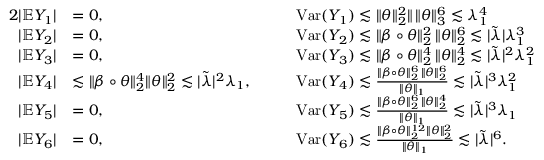
\begin{array} { r l r l } { { 2 } | \mathbb { E } Y _ { 1 } | } & { = 0 , \qquad } & & { \mathrm { V a r } ( Y _ { 1 } ) \lesssim \| \theta \| _ { 2 } ^ { 2 } \| \, \| \theta \| _ { 3 } ^ { 6 } \lesssim \lambda _ { 1 } ^ { 4 } } \\ { | \mathbb { E } Y _ { 2 } | } & { = 0 , \quad } & & { \mathrm { V a r } ( Y _ { 2 } ) \lesssim \| \beta \circ \theta \| _ { 2 } ^ { 2 } \, \| \theta \| _ { 2 } ^ { 6 } \lesssim | \tilde { \lambda } | \lambda _ { 1 } ^ { 3 } } \\ { | \mathbb { E } Y _ { 3 } | } & { = 0 , \quad } & & { \mathrm { V a r } ( Y _ { 3 } ) \lesssim \| \beta \circ \theta \| _ { 2 } ^ { 4 } \, \| \theta \| _ { 2 } ^ { 4 } \lesssim | \tilde { \lambda } | ^ { 2 } \lambda _ { 1 } ^ { 2 } } \\ { | \mathbb { E } Y _ { 4 } | } & { \lesssim \| \beta \circ \theta \| _ { 2 } ^ { 4 } \| \theta \| _ { 2 } ^ { 2 } \lesssim | \tilde { \lambda } | ^ { 2 } \lambda _ { 1 } , \quad } & & { \mathrm { V a r } ( Y _ { 4 } ) \lesssim \frac { \| \beta \circ \theta \| _ { 2 } ^ { 6 } \, \| \theta \| _ { 2 } ^ { 6 } } { \| \theta \| _ { 1 } } \lesssim | \tilde { \lambda } | ^ { 3 } \lambda _ { 1 } ^ { 2 } } \\ { | \mathbb { E } Y _ { 5 } | } & { = 0 , \quad } & & { \mathrm { V a r } ( Y _ { 5 } ) \lesssim \frac { \| \beta \circ \theta \| _ { 2 } ^ { 6 } \, \| \theta \| _ { 2 } ^ { 4 } } { \| \theta \| _ { 1 } } \lesssim | \tilde { \lambda } | ^ { 3 } \lambda _ { 1 } } \\ { | \mathbb { E } Y _ { 6 } | } & { = 0 , \quad } & & { \mathrm { V a r } ( Y _ { 6 } ) \lesssim \frac { \| \beta \circ \theta \| _ { 2 } ^ { 1 2 } \| \theta \| _ { 2 } ^ { 2 } } { \| \theta \| _ { 1 } } \lesssim | \tilde { \lambda } | ^ { 6 } . } \end{array}